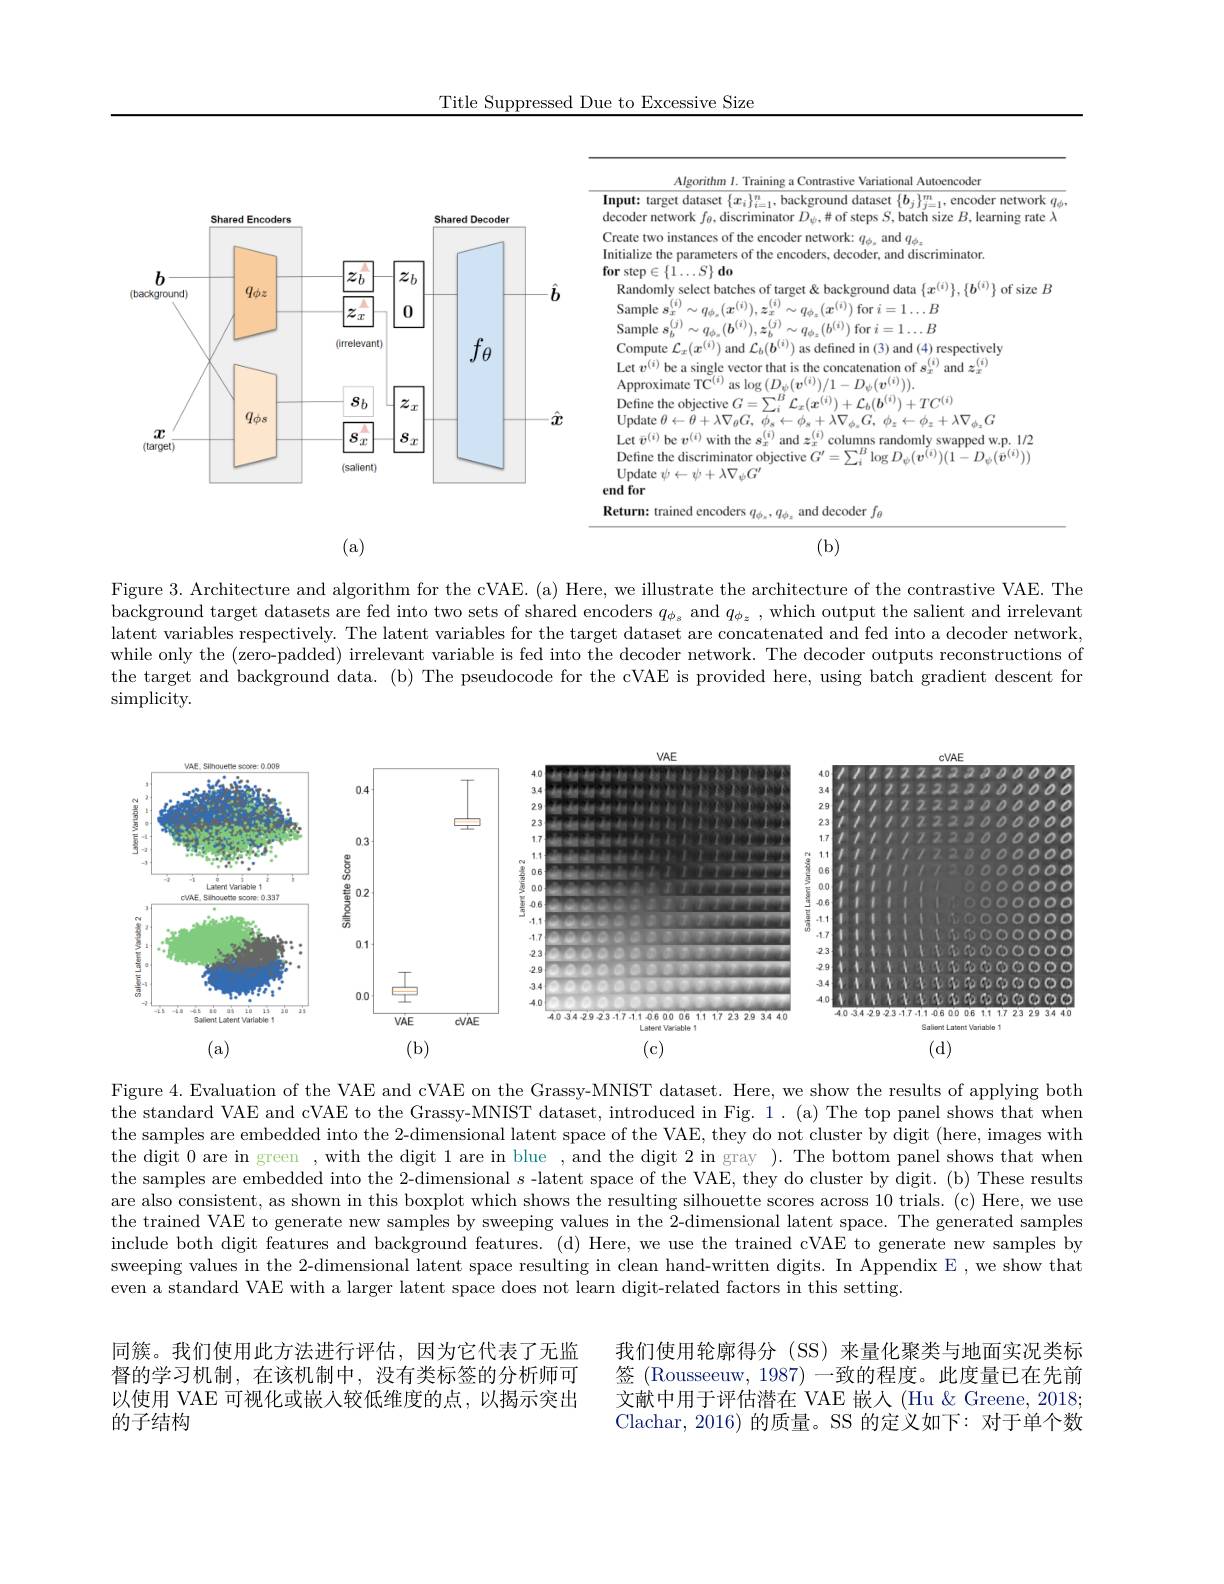
Title Suppressed Due to Excessive Size

<FigureHere>
(a)
(b)

Figure 3. Architecture and algorithm for the cVAE. (a) Here, we illustrate the architecture of the contrastive VAE. The background target datasets are fed into two sets of shared encoders $q_{\phi_s}$ and $q_{\phi_z}$ , which output the salient and irrelevant latent variables respectively. The latent variables for the target dataset are concatenated and fed into a decoder network, while only the (zero-padded) irrelevant variable is fed into the decoder network. The decoder outputs reconstructions of the target and background data. (b) The pseudocode for the cVAE is provided here, using batch gradient descent for simplicity.

<FigureHere>

Figure 4. Evaluation of the VAE and cVAE on the Grassy-MNIST dataset. Here, we show the results of applying both the standard VAE and cVAE to the Grassy-MNIST dataset, introduced in Fig. 1. (a) The top panel shows that when the samples are embedded into the 2-dimensional latent space of the VAE, they do not cluster by digit (here, images with the digit 0 are in green , with the digit 1 are in blue , and the digit 2 in gray ). The bottom panel shows that when the samples are embedded into the 2-dimensional $s$ -latent space of the VAE, they do cluster by digit. (b) These results are also consistent, as shown in this boxplot which shows the resulting silhouette scores across 10 trials. (c) Here, we use the trained VAE to generate new samples by sweeping values in the 2-dimensional latent space. The generated samples include both digit features and background features. (d) Here, we use the trained cVAE to generate new samples by sweeping values in the 2-dimensional latent space resulting in clean hand-written digits. In Appendix E , we show that even a standard VAE with a larger latent space does not learn digit-related factors in this setting.

同簇。我们使用此方法进行评估，因为它代表了无监督的学习机制，在该机制中，没有类标签的分析师可以使用 VAE 可视化或嵌入较低维度的点，以揭示突出的子结构

我们使用轮廓得分(SS)来量化聚类与地面实况类标签 (Rousseeuw, 1987) 一致的程度。此度量已在先前文献中用于评估潜在 VAE 嵌人 (Hu & Greene, 2018; Clachar, 2016) 的质量。SS 的定义如下：对于单个数